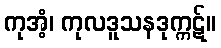
ကုအံ့၊ ကုလဒူသနဒုက္ကဋ်။